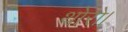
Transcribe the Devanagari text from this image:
थोरो।